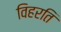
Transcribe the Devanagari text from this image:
विहरति